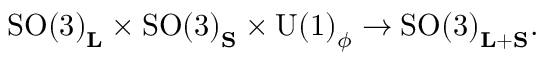
\mathrm { S O ( 3 ) } _ { \bf L } \times \mathrm { S O ( 3 ) } _ { \bf S } \times \mathrm { U ( 1 ) } _ { \phi } \rightarrow \mathrm { S O ( 3 ) } _ { { \bf L } + { \bf S } } .